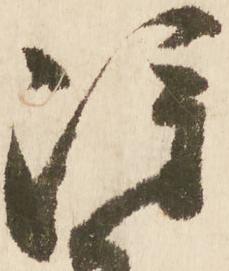
雖